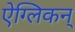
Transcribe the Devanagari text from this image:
ऐग्लिकन्